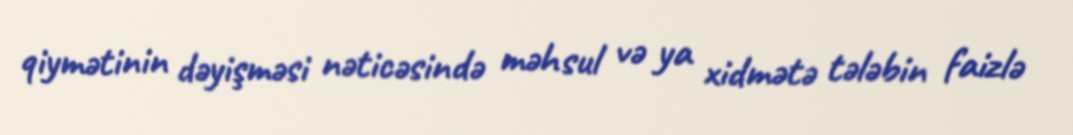
qiymətinin dəyişməsi nəticəsində məhsul və ya xidmətə tələbin faizlə